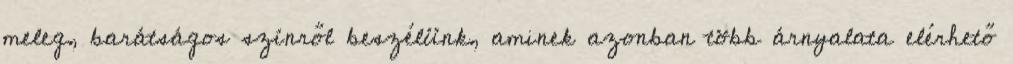
meleg, barátságos színről beszélünk, aminek azonban több árnyalata elérhető